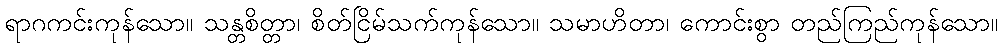
ရာဂကင်းကုန်သော။ သန္တစိတ္တာ၊ စိတ်ငြိမ်သက်ကုန်သော။ သမာဟိတာ၊ ကောင်းစွာ တည်ကြည်ကုန်သော။